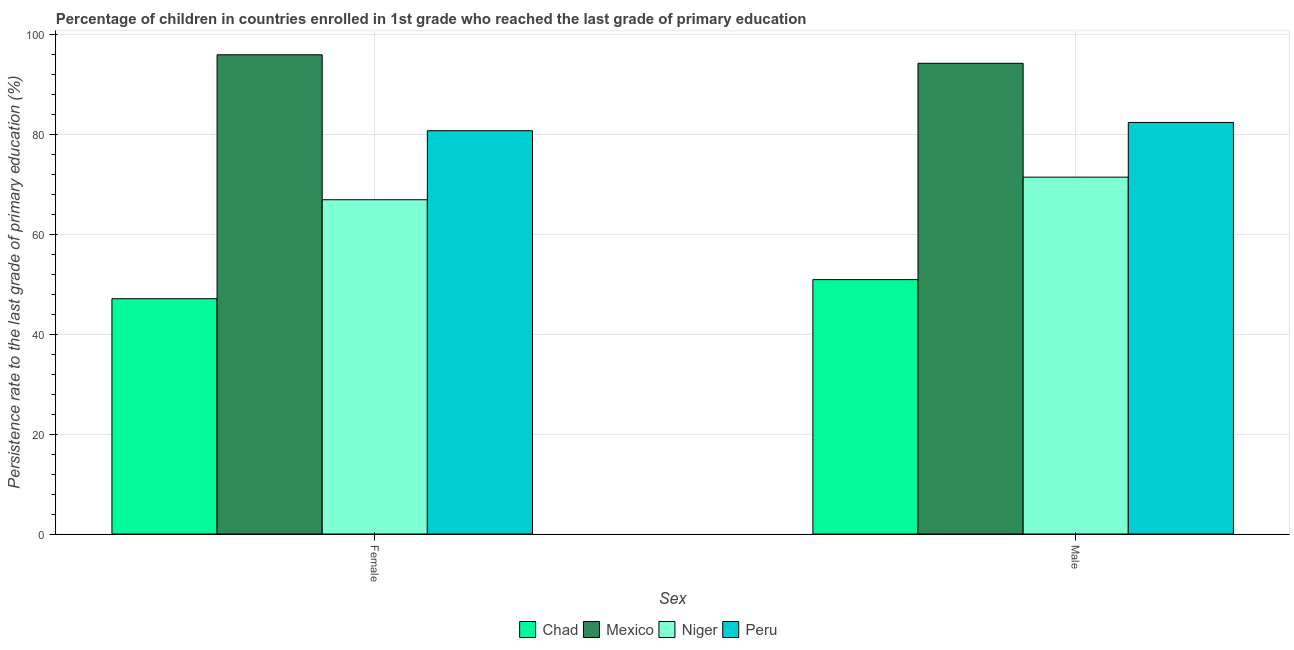
| Sex | Chad | Mexico | Niger | Peru |
 | --- | --- | --- | --- | --- |
 | Female | 47.1 | 95.9 | 66.9 | 80.7 |
 | Male | 50.9 | 94.2 | 71.4 | 82.3 |